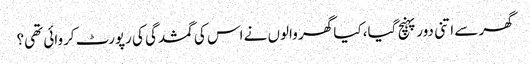
گھر سے اتنی دور پہنچ گیا، کیا گھر والوں نے اس کی گمشدگی کی رپورٹ کروائی تھی؟